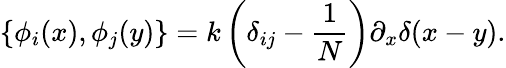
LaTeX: \left\{ \phi_{i}(x),\phi_{j}(y)\right\} =k\left(\delta_{ij}-\frac{1}{N}\right)\partial_{x}\delta(x-y).